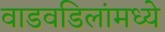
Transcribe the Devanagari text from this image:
वाडवडिलांमध्ये